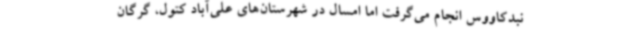
نبدکاووس انجام می‌گرفت اما امسال در شهرستان‌های علی‌آباد کتول، گرگان